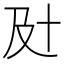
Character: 𰆵